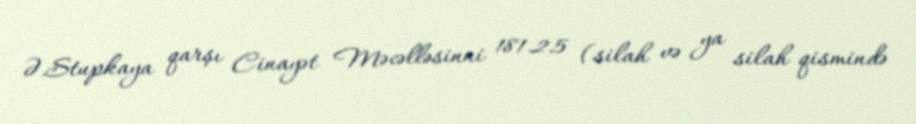
Ə.Stupkaya qarşı Cinayət Məcəlləsinni 181.2.5 (silah və ya silah qismində